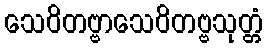
သေဝိတဗ္ဗာသေဝိတဗ္ဗသုတ္တံ